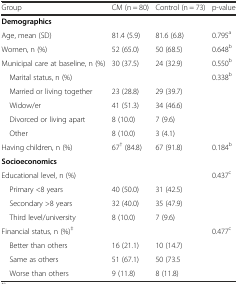
| Group | CM (n = 80) | Control (n = 73) | p-value |
 | --- | --- | --- | --- |
 | Demographics |  |  |  |
 | Age, mean (SD) | 81.4 (5.9) | 81.6 (6.8) | 0.795a |
 | Women, n (%) | 52 (65.0) | 50 (68.5) | 0.648b |
 | Municipal care at baseline, n (%) | 30 (37.5) | 24 (32.9) | 0.550b |
 | Marital status, n (%) |  |  | 0.338b |
 | Married or living together | 23 (28.8) | 29 (39.7) |  |
 | Widow/er | 41 (51.3) | 34 (46.6) |  |
 | Divorced or living apart | 8 (10.0) | 7 (9.6) |  |
 | Other | 8 (10.0) | 3 (4.1) |  |
 | Having children, n (%) | 67† (84.8) | 67 (91.8) | 0.184b |
 | Socioeconomics |  |  |  |
 | Educational level, n (%) |  |  | 0.437c |
 | Primary <8 years | 40 (50.0) | 31 (42.5) |  |
 | Secondary >8 years | 32 (40.0) | 35 (47.9) |  |
 | Third level/university | 8 (10.0) | 7 (9.6) |  |
 | Financial status, n (%)‡ |  |  | 0.477c |
 | Better than others | 16 (21.1) | 10 (14.7) |  |
 | Same as others | 51 (67.1) | 50 (73.5 |  |
 | Worse than others | 9 (11.8) | 8 (11.8) |  |